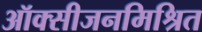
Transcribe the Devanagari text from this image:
ऑक्सीजनमिश्रित